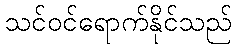
သင်ဝင်ရောက်နိုင်သည်